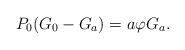
LaTeX: \begin{align*} P_0 (G_0-G_a) = a \varphi G_a.\end{align*}